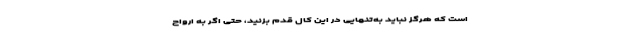
است که هرگز نباید به‌تنهایی در این کال قدم بزنید، حتی اگر به ارواح